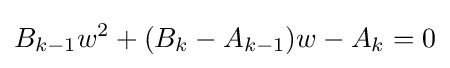
B_{k-1}w^{2}+(B_{k}-A_{k-1})w-A_{k}=0